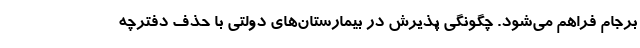
برجام فراهم می‌شود. چگونگی پذیرش در بیمارستان‌های دولتی با حذف دفترچه